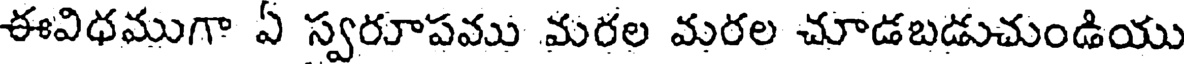
ఈవిధముగా ఏ స్వరూపము మరల మరల చూడబడుచుండియు